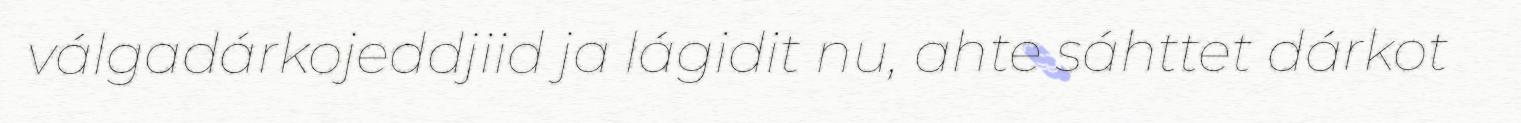
válgadárkojeddjiid ja lágidit nu, ahte sáhttet dárkot